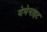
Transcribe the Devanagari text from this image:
येमेनाइट